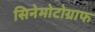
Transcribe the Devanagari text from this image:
सिनेमोटोग्राफ